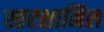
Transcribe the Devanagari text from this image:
स्तरशामिल